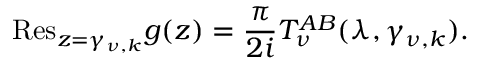
{ \mathrm { R e s } } _ { z = \gamma _ { \nu , k } } g ( z ) = \frac { \pi } { 2 i } T _ { \nu } ^ { A B } ( \lambda , \gamma _ { \nu , k } ) .